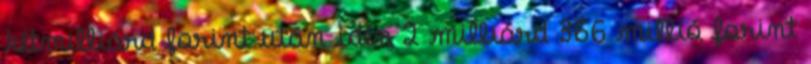
kétmilliárd forint után idén 2 milliárd 366 millió forint